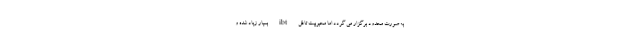
به صورت محدود برگزار می گردد اما محبوبیت تافل ibt بسیار زیاد شده و